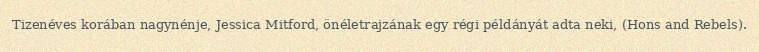
Tizenéves korában nagynénje, Jessica Mitford, önéletrajzának egy régi példányát adta neki, (Hons and Rebels).